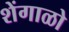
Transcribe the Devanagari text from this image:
शेंगाळो